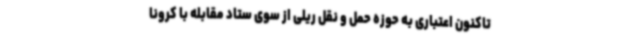
تاکنون اعتباری به حوزه حمل و نقل ریلی از سوی ستاد مقابله با کرونا